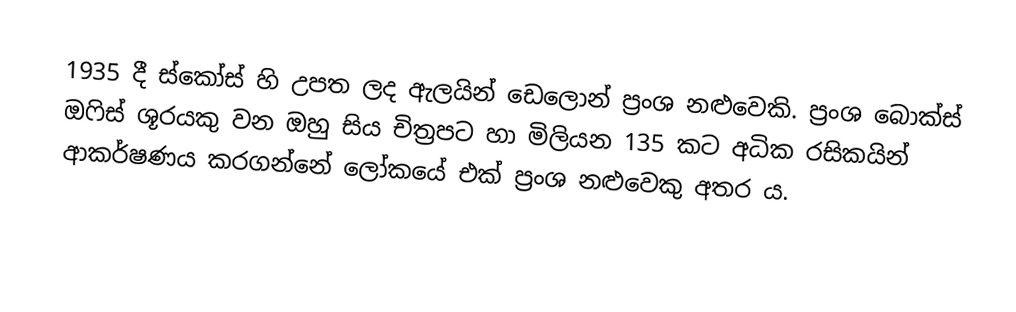
1935 දී ස්කෝස් හි උපත ලද ඇලයින් ඩෙලොන් ප්‍රංශ නළුවෙකි. ප්‍රංශ බොක්ස් ඔෆිස් ශූරයකු වන ඔහු සිය චිත්‍රපට හා මිලියන 135 කට අධික රසිකයින් ආකර්ෂණය කරගන්නේ ලෝකයේ එක් ප්‍රංශ නළුවෙකු අතර ය.